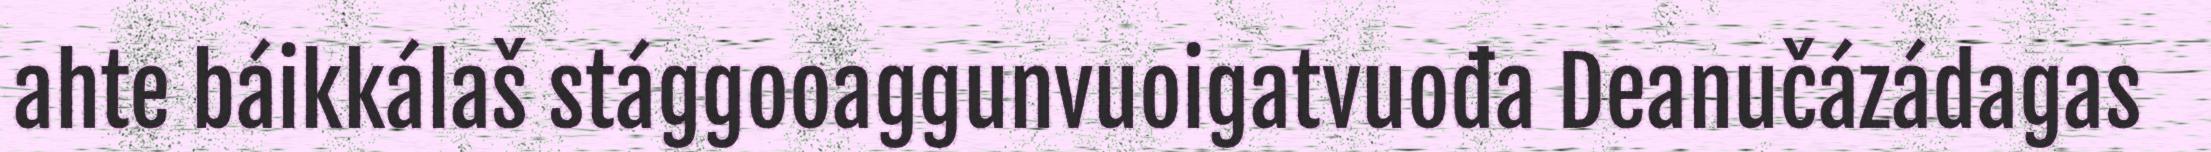
ahte báikkálaš stággooaggunvuoigatvuođa Deanučázádagas